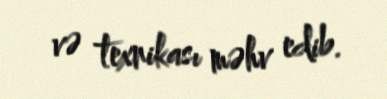
və texnikası məhv edib.